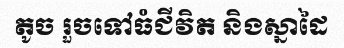
តូច រួចទៅធំជីវិត និងស្នាដៃ